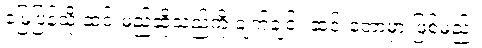
မြေပြန့်သို့ ဆင်းမည်ဆိုသည်ကို ချက်ချင်း ဆင်းတော့မှာ ဖြစ်မည်။